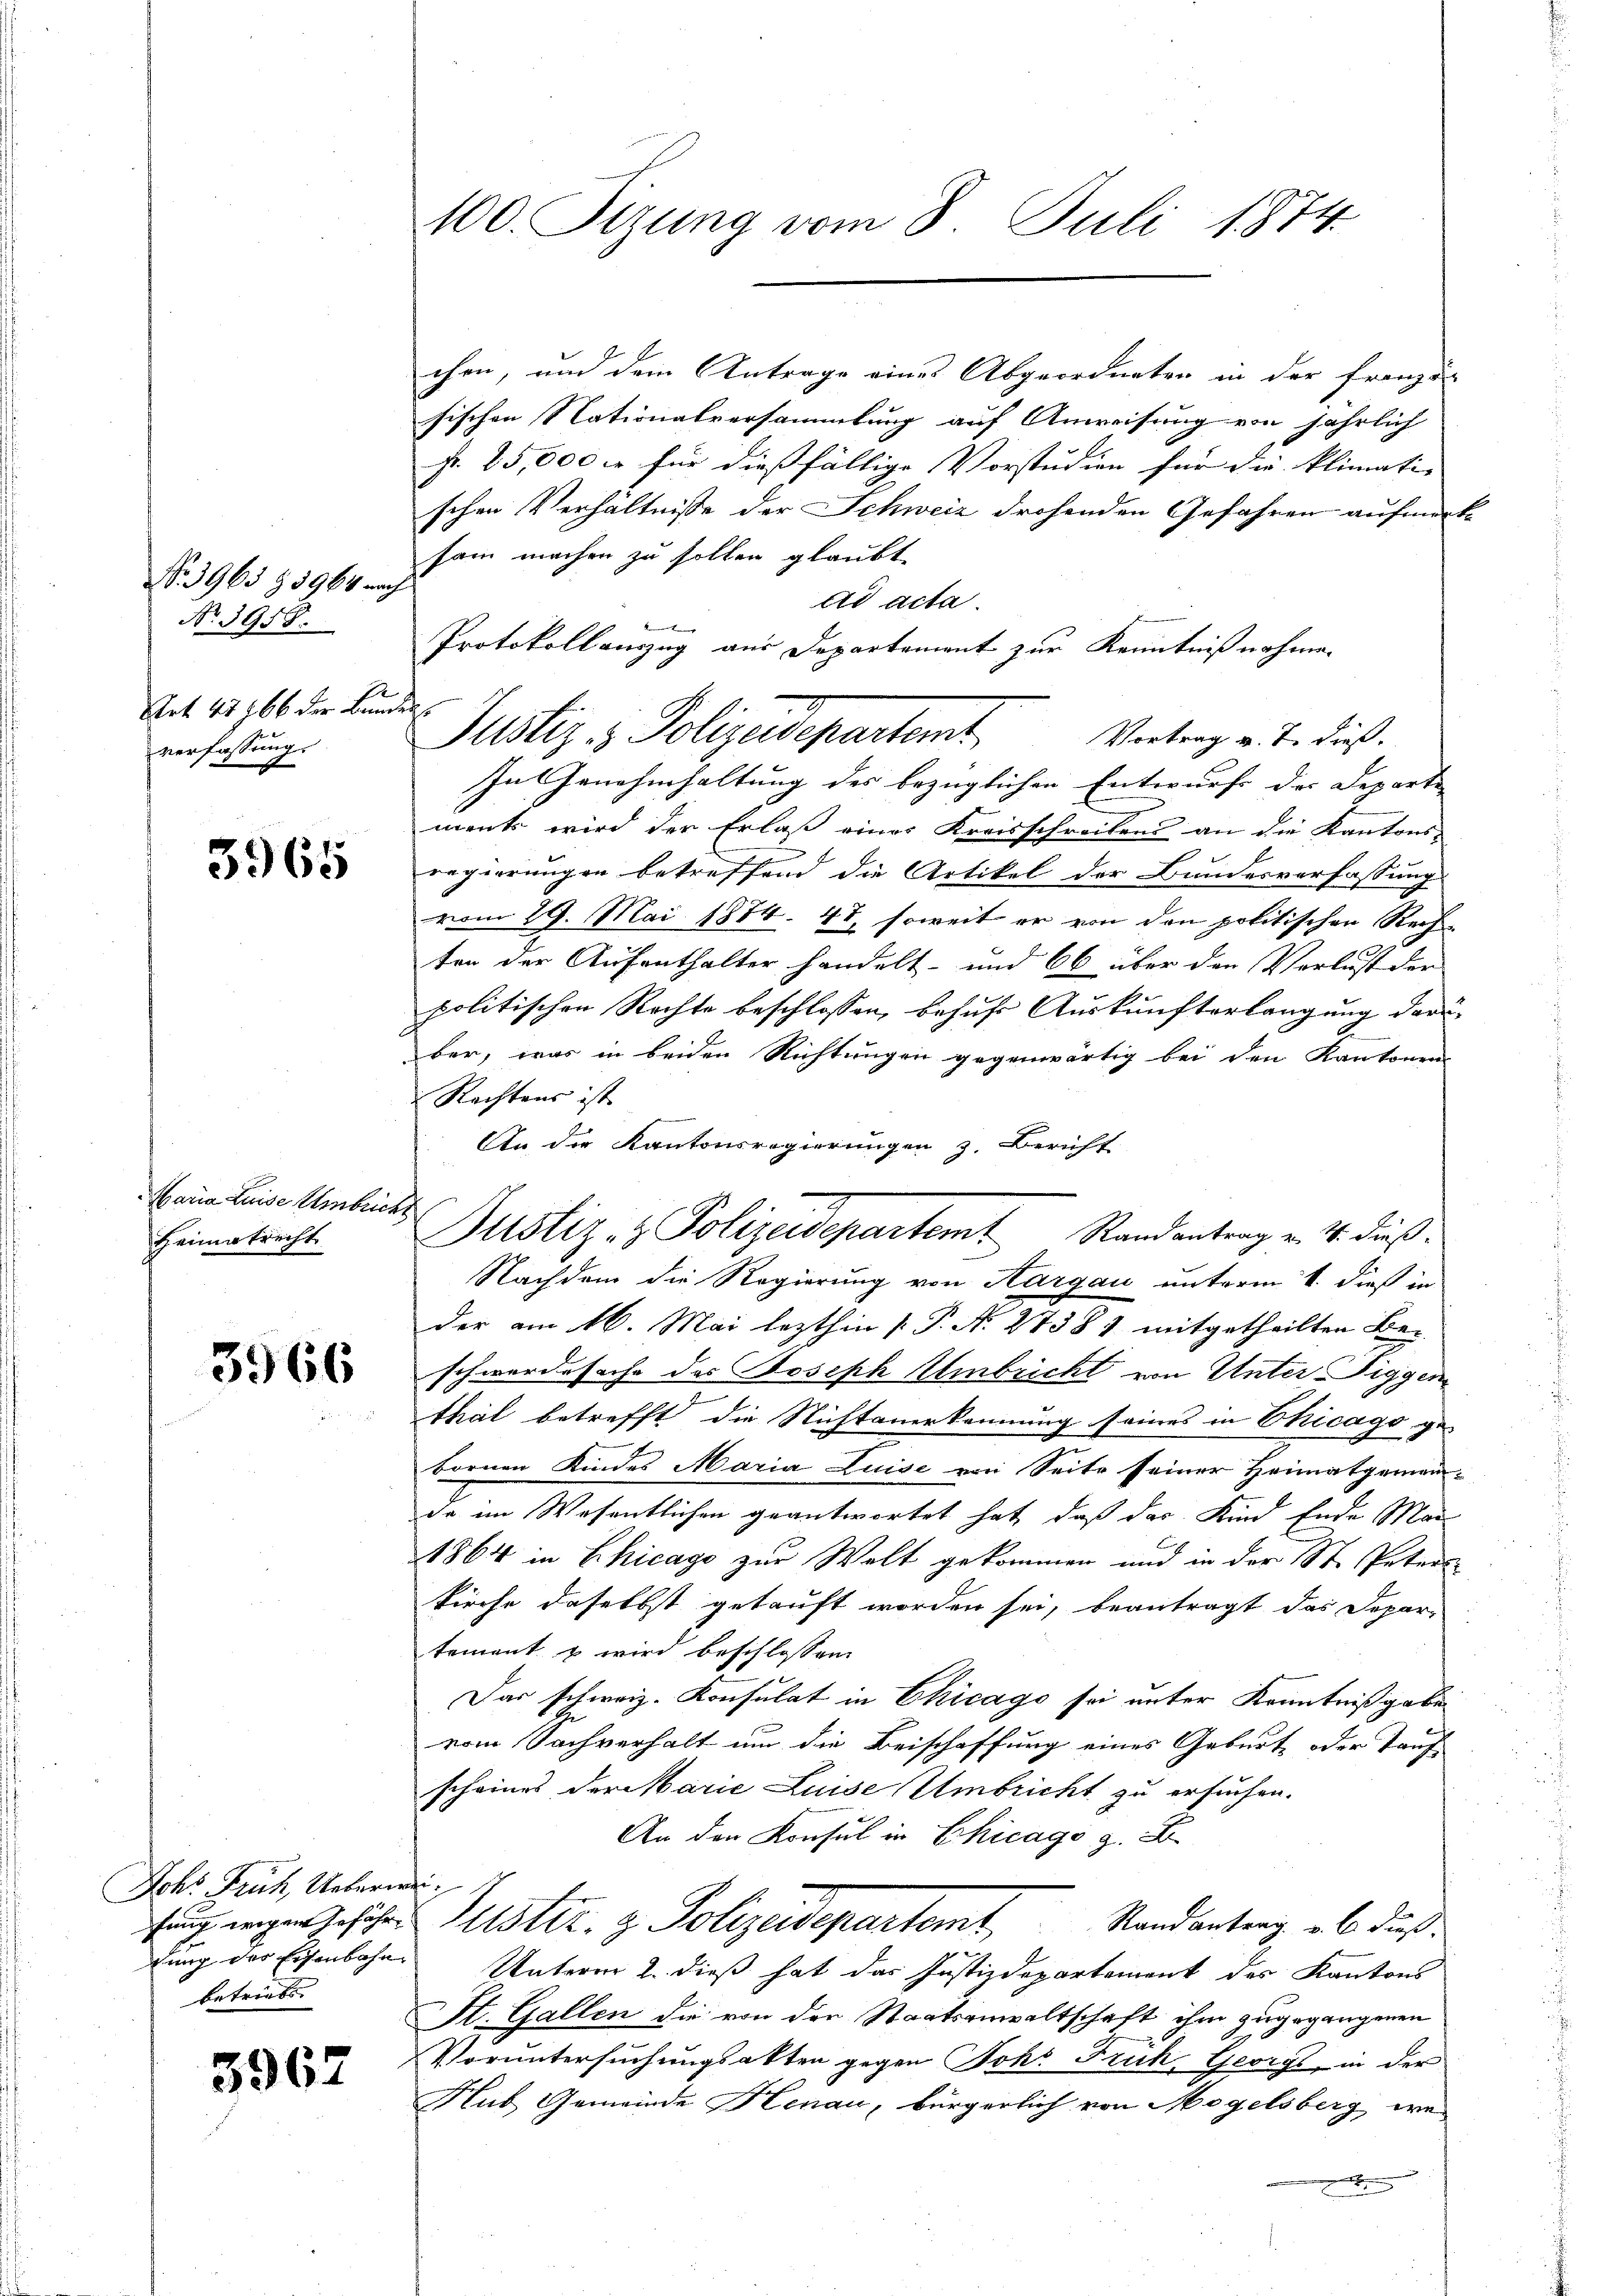
No. 3965 § 3964 nach
No. 3958.
Art. 48 266 der Bunverfassungs
e

3965

Maria Luise Umbriez
Heimatrecht

3966

3967

Ichs Fruch, Ueberweidung der Eisenbahn
betriebs

100. Sizung vom 8. Juli 1874.

chen, und dem Antrage eines Abgeordneten in der Französ
sischen Nationalversammlung auf Anweisung von jährlich
fr. 25,000 fr für dießfällige Vorstudien für die klimati- |
schen Verhältnisse der Schweiz drohenden Gefahren aufmerk
sam machen zu sollen glaubt
ad acta.
Protokollauszug aus Departement zur Kenntnißnahmen
r
Vortrag v. J. dieß.
In Genehmhaltung des bezüglichen Entwurfs der Departe
ments wird der Erlaß einer Kreisschreibens an die Kantons-
regierungen betreffend die Artikel der Bundesverfassung
vom 29. Mai 1874. 41, soweit er von den politischen Rech-

ten der Aufenthalter handelt- und 66 über den Verlust der
politischen Rechte beschlossen, behufs Auskunfterlangung daru
ber, was in beiden Richtungen gegenwärtig bei den Kantonen
Rechtens ist
An die Kantonsregierungen z. Bericht
Justiz- & Polizeidepartemt Randantrag v. 4. dieß.
Nachdem die Regierung von Aargau unterm 4. dieß in
der am 16. Mai lezthin  P. N. 27381 mitgetheilten Ber
schwerde sache des Joseph Umbricht von Unter Siggenthal betrefft die Nichtanerkennung seines in Chicago ge-
bornen Kindes Maria Luise von Seite seiner Heimatgemeinde im Wesentlichen geantwortet hat, daß das Kind Ende Mar
1864 in Chicago zur Welt gekommen und in der St. Peters
kirche daselbst getauft worden sei, beantragt das Departement & wird beschlossen:
Das schweiz. Konsulat in Chicago sei unter Kenntnißgabevom Sachverhalt um die Beischaffung eines Geburt, oder Tauf
scheines der Marie Luise Umbricht zu ersuchen.
An den Konsul in Chicago z. B.
ug wegen Geschen Muster. z. Polizeidepartamt Randantrag, als dieß
Unterm 2. dieß hat das Justizdepartement des Kantons
St. Gallen die von der Staatsanwaltschaft ihm zugegangenen
Voruntersuchungsakten gegen Joh. Fruch, Georgi, in der
Hub, Gemeinde Henau, bürgerlich von Mogelsberg wee

Justiz- & Polizeidepartamt,